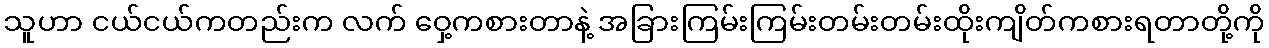
သူဟာ ငယ်ငယ်ကတည်းက လက် ဝှေ့ကစားတာနဲ့ အခြားကြမ်းကြမ်းတမ်းတမ်းထိုးကျိတ်ကစားရတာတို့ကို